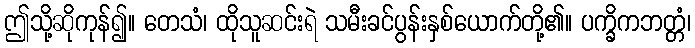
ဤသို့ဆိုကုန်၍။ တေသံ၊ ထိုသူဆင်းရဲ သမီးခင်ပွန်းနှစ်ယောက်တို့၏။ ပက္ခိကဘတ္တံ၊